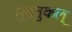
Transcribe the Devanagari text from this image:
मुत्तुकल्